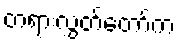
တရားလွှတ်တော်က